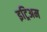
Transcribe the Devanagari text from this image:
इट्रिअम